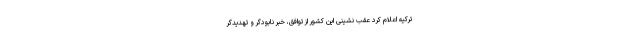
ترکیه اعلام کرد عقب نشینی این کشور از توافق، خبر نابودگر و تهدیدگر